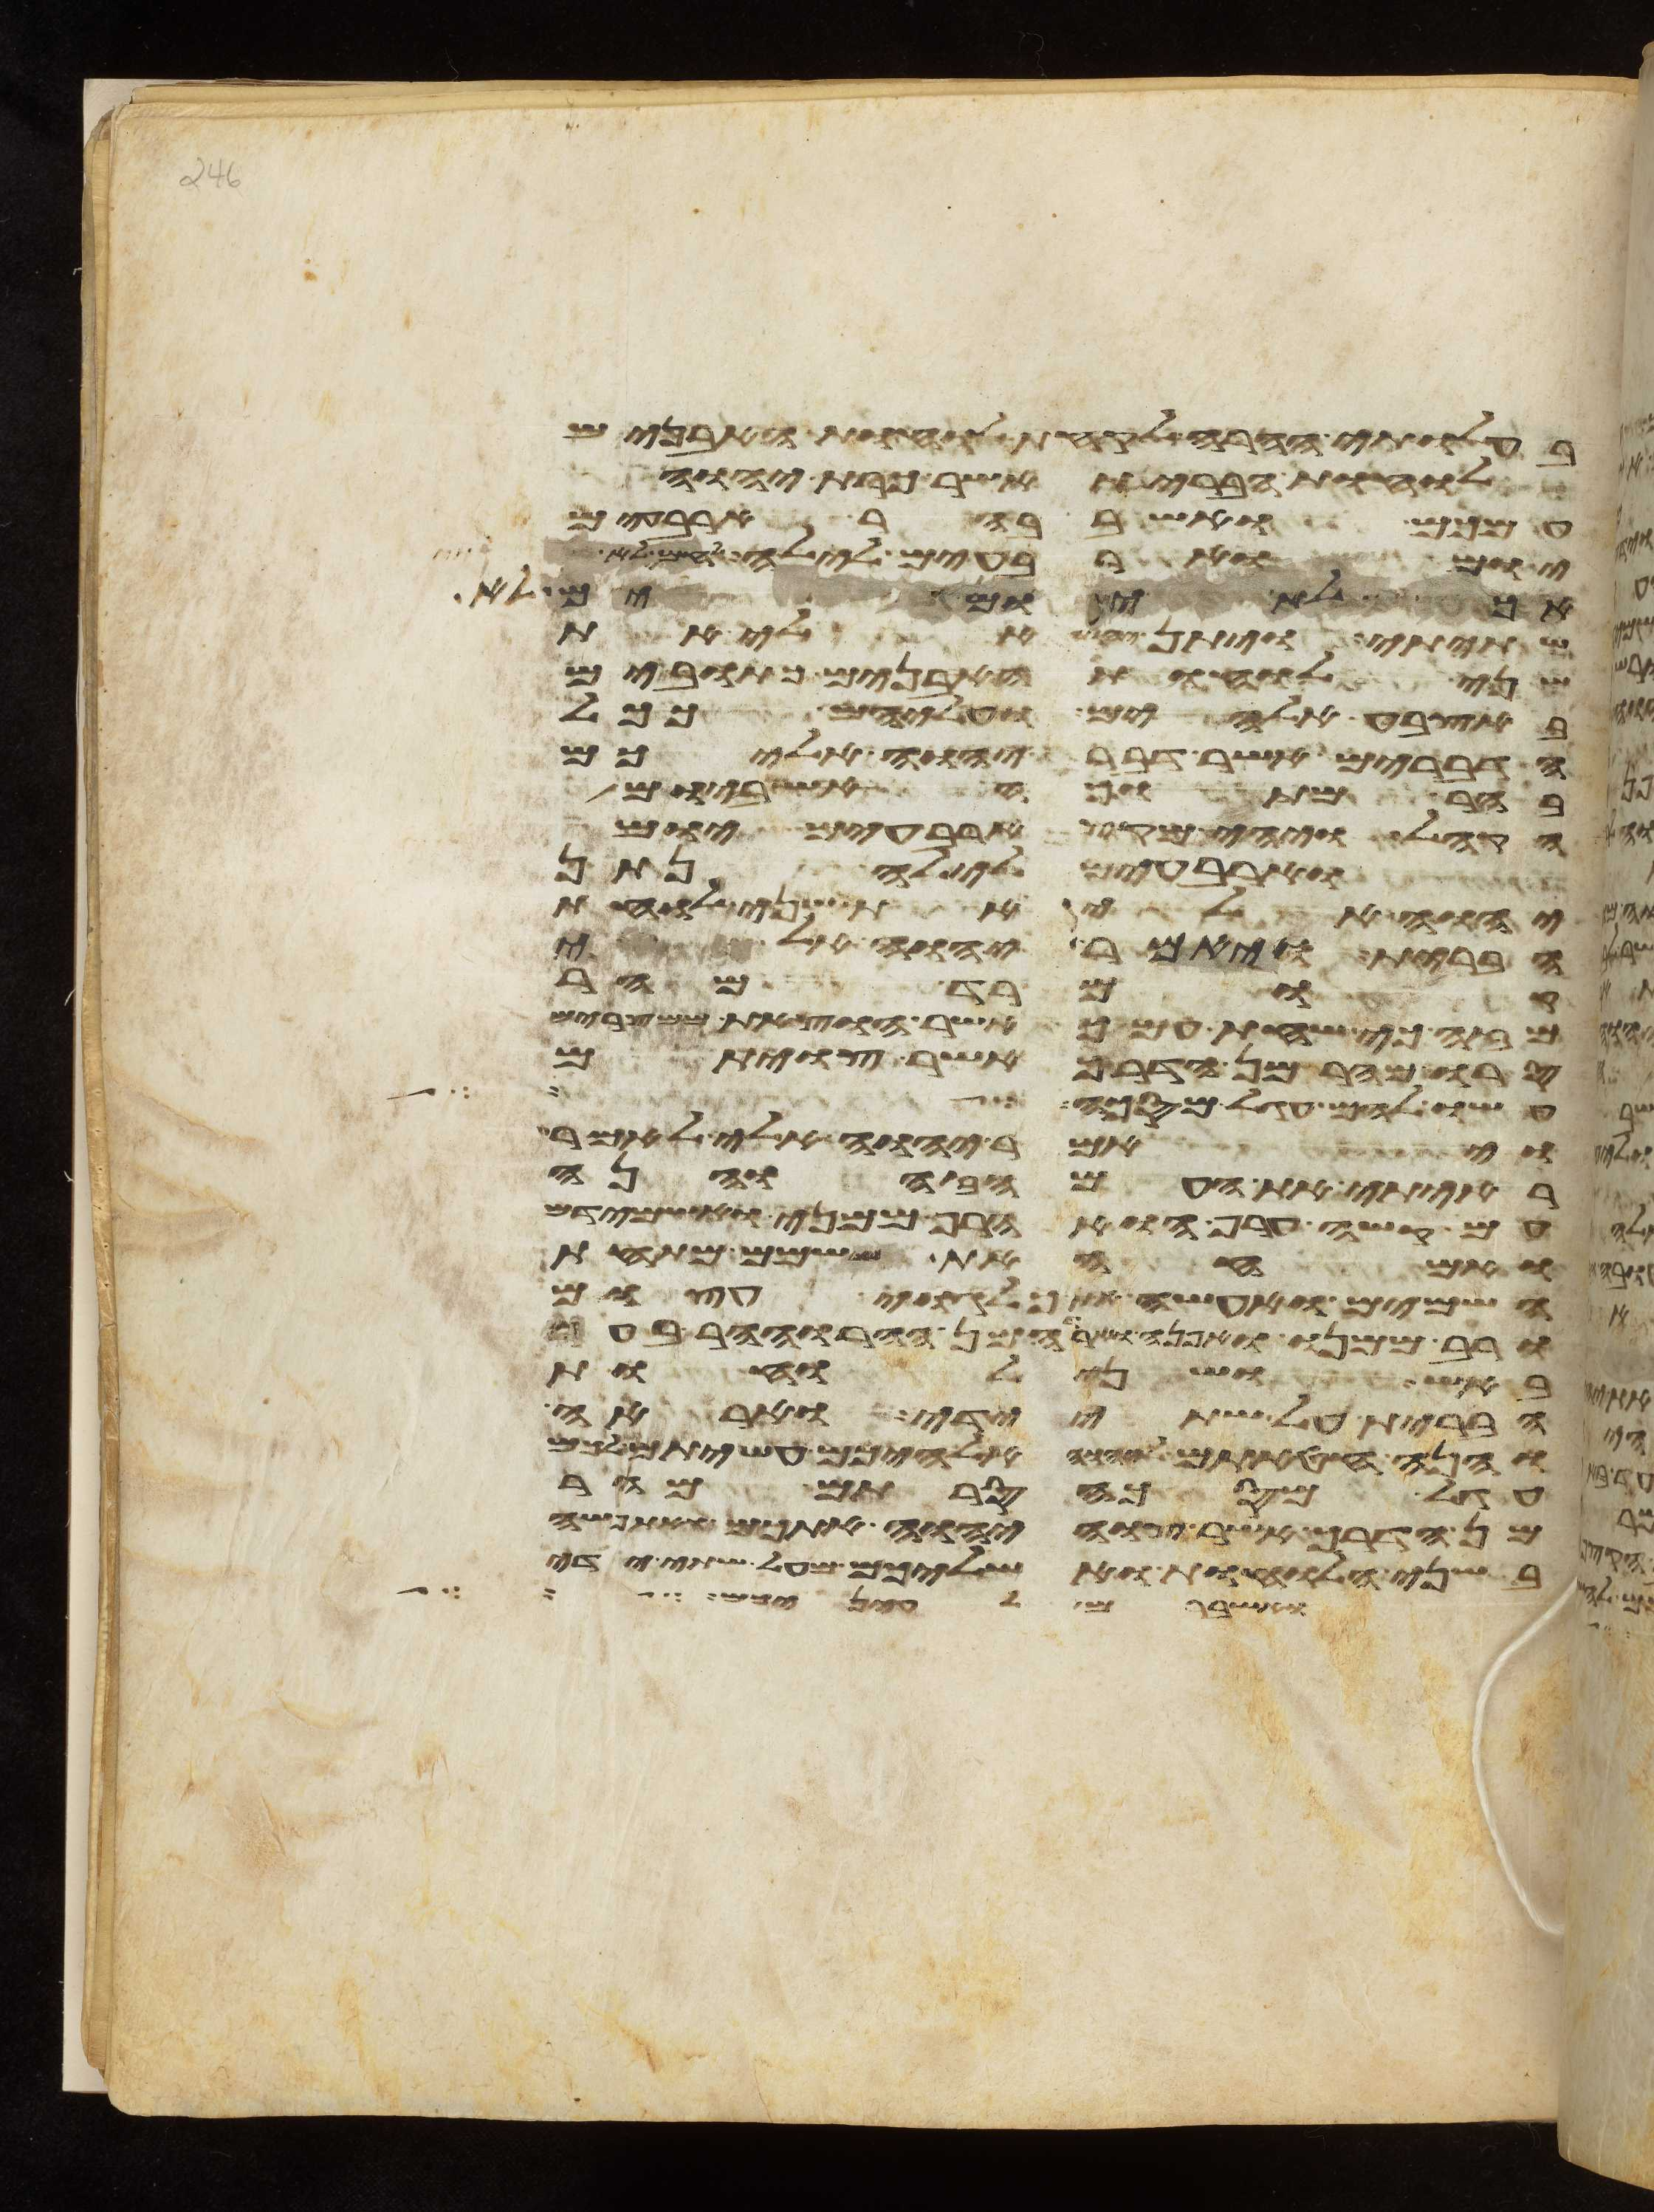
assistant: בעלותי ההרה לקחת לוחות האבנים
לוחת הברית אשר כרת יהוה
עמכם ואשב בהר ארבעים
יום וארבעים לילה לחם לא
אתה ליהוה אלהיך לא
שתיתי ויתן יהוה אלי את
שני לוחת האבנים כתובים
באצבע אלהים ועליהם ככל
הדברים אשר דבר יהוה אליכם
בהר מתוך האש ביום הקהל
הקהל ויהי מקץ ארבעים יום
וארבעים לילה נתן
יהוה אלי את שני לוחת
הברית ויאמר יהוה אלי
רד מהר
מזה כי שחת עמך אשר הוצאת
סרו מהר מן הדרך אשר צויתם
עשו להם עגל מסכה ויאמר יהוה אלי
ויאמר יהוה אלי לאמר
ראיתי את העם הזה והנה
עם קשה ערף הוא הרף ממני ואשמידם
ואמחה את שמם מתחת
השמים ואעשה אתך לגוי עצום
ורב ממנו ואפנה וארדה מן ההר וההר בער
באש ושני לוחת
הברית על שתי ידי ואראה
והנה חטאתם ליהוה אלהיכם עשיתם לכם
עגל מסכה סרתם מהר
מן הדרך אשר צוה יהוה אתכם ואתפשה
בשני הלוחות ואשליכם מעל שתי ידי
ואשברם לעיניכם